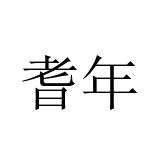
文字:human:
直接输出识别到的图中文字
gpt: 耆年